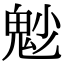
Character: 𩲎